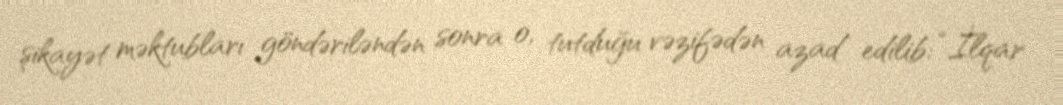
şikayət məktubları göndəriləndən sonra o, tutduğu vəzifədən azad edilib: “İlqar